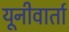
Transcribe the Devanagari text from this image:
यूनीवार्ता